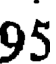
95